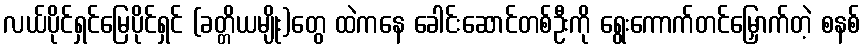
လယ်ပိုင်ရှင်မြေပိုင်ရှင် (ခတ္တိယမျိုး)တွေ ထဲကနေ ခေါင်းဆောင်တစ်ဦးကို ရွေးကောက်တင်မြှောက်တဲ့ စနစ်